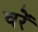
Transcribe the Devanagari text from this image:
वरें